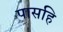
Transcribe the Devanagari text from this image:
पासहि